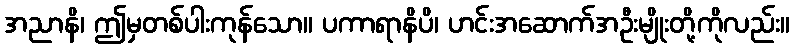
အညာနိ၊ ဤမှတစ်ပါးကုန်သော။ ပကာရာနိပိ၊ ဟင်းအဆောက်အဦးမျိုးတို့ကိုလည်း။